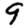
Digit: 9